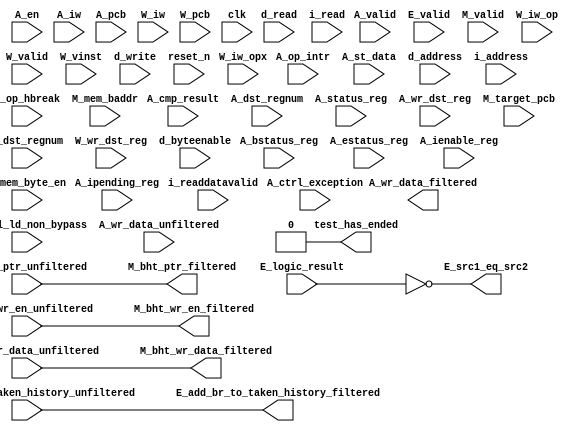
//Legal Notice: (C)2012 Altera Corporation. All rights reserved.  Your
//use of Altera Corporation's design tools, logic functions and other
//software and tools, and its AMPP partner logic functions, and any
//output files any of the foregoing (including device programming or
//simulation files), and any associated documentation or information are
//expressly subject to the terms and conditions of the Altera Program
//License Subscription Agreement or other applicable license agreement,
//including, without limitation, that your use is for the sole purpose
//of programming logic devices manufactured by Altera and sold by Altera
//or its authorized distributors.  Please refer to the applicable
//agreement for further details.

// synthesis translate_off
`timescale 1ns / 1ps
// synthesis translate_on

// turn off superfluous verilog processor warnings 
// altera message_level Level1 
// altera message_off 10034 10035 10036 10037 10230 10240 10030 

module system_0_cpu_0_test_bench (
                                   // inputs:
                                    A_bstatus_reg,
                                    A_cmp_result,
                                    A_ctrl_exception,
                                    A_ctrl_ld_non_bypass,
                                    A_dst_regnum,
                                    A_en,
                                    A_estatus_reg,
                                    A_ienable_reg,
                                    A_ipending_reg,
                                    A_iw,
                                    A_mem_byte_en,
                                    A_op_hbreak,
                                    A_op_intr,
                                    A_pcb,
                                    A_st_data,
                                    A_status_reg,
                                    A_valid,
                                    A_wr_data_unfiltered,
                                    A_wr_dst_reg,
                                    E_add_br_to_taken_history_unfiltered,
                                    E_logic_result,
                                    E_valid,
                                    M_bht_ptr_unfiltered,
                                    M_bht_wr_data_unfiltered,
                                    M_bht_wr_en_unfiltered,
                                    M_mem_baddr,
                                    M_target_pcb,
                                    M_valid,
                                    W_dst_regnum,
                                    W_iw,
                                    W_iw_op,
                                    W_iw_opx,
                                    W_pcb,
                                    W_valid,
                                    W_vinst,
                                    W_wr_dst_reg,
                                    clk,
                                    d_address,
                                    d_byteenable,
                                    d_read,
                                    d_write,
                                    i_address,
                                    i_read,
                                    i_readdatavalid,
                                    reset_n,

                                   // outputs:
                                    A_wr_data_filtered,
                                    E_add_br_to_taken_history_filtered,
                                    E_src1_eq_src2,
                                    M_bht_ptr_filtered,
                                    M_bht_wr_data_filtered,
                                    M_bht_wr_en_filtered,
                                    test_has_ended
                                 )
;

  output  [ 31: 0] A_wr_data_filtered;
  output           E_add_br_to_taken_history_filtered;
  output           E_src1_eq_src2;
  output  [  7: 0] M_bht_ptr_filtered;
  output  [  1: 0] M_bht_wr_data_filtered;
  output           M_bht_wr_en_filtered;
  output           test_has_ended;
  input   [ 31: 0] A_bstatus_reg;
  input            A_cmp_result;
  input            A_ctrl_exception;
  input            A_ctrl_ld_non_bypass;
  input   [  4: 0] A_dst_regnum;
  input            A_en;
  input   [ 31: 0] A_estatus_reg;
  input   [ 31: 0] A_ienable_reg;
  input   [ 31: 0] A_ipending_reg;
  input   [ 31: 0] A_iw;
  input   [  3: 0] A_mem_byte_en;
  input            A_op_hbreak;
  input            A_op_intr;
  input   [ 24: 0] A_pcb;
  input   [ 31: 0] A_st_data;
  input   [ 31: 0] A_status_reg;
  input            A_valid;
  input   [ 31: 0] A_wr_data_unfiltered;
  input            A_wr_dst_reg;
  input            E_add_br_to_taken_history_unfiltered;
  input   [ 31: 0] E_logic_result;
  input            E_valid;
  input   [  7: 0] M_bht_ptr_unfiltered;
  input   [  1: 0] M_bht_wr_data_unfiltered;
  input            M_bht_wr_en_unfiltered;
  input   [ 24: 0] M_mem_baddr;
  input   [ 24: 0] M_target_pcb;
  input            M_valid;
  input   [  4: 0] W_dst_regnum;
  input   [ 31: 0] W_iw;
  input   [  5: 0] W_iw_op;
  input   [  5: 0] W_iw_opx;
  input   [ 24: 0] W_pcb;
  input            W_valid;
  input   [ 55: 0] W_vinst;
  input            W_wr_dst_reg;
  input            clk;
  input   [ 24: 0] d_address;
  input   [  3: 0] d_byteenable;
  input            d_read;
  input            d_write;
  input   [ 24: 0] i_address;
  input            i_read;
  input            i_readdatavalid;
  input            reset_n;

  reg     [ 24: 0] A_mem_baddr;
  reg     [ 24: 0] A_target_pcb;
  wire    [ 31: 0] A_wr_data_filtered;
  wire             A_wr_data_unfiltered_0_is_x;
  wire             A_wr_data_unfiltered_10_is_x;
  wire             A_wr_data_unfiltered_11_is_x;
  wire             A_wr_data_unfiltered_12_is_x;
  wire             A_wr_data_unfiltered_13_is_x;
  wire             A_wr_data_unfiltered_14_is_x;
  wire             A_wr_data_unfiltered_15_is_x;
  wire             A_wr_data_unfiltered_16_is_x;
  wire             A_wr_data_unfiltered_17_is_x;
  wire             A_wr_data_unfiltered_18_is_x;
  wire             A_wr_data_unfiltered_19_is_x;
  wire             A_wr_data_unfiltered_1_is_x;
  wire             A_wr_data_unfiltered_20_is_x;
  wire             A_wr_data_unfiltered_21_is_x;
  wire             A_wr_data_unfiltered_22_is_x;
  wire             A_wr_data_unfiltered_23_is_x;
  wire             A_wr_data_unfiltered_24_is_x;
  wire             A_wr_data_unfiltered_25_is_x;
  wire             A_wr_data_unfiltered_26_is_x;
  wire             A_wr_data_unfiltered_27_is_x;
  wire             A_wr_data_unfiltered_28_is_x;
  wire             A_wr_data_unfiltered_29_is_x;
  wire             A_wr_data_unfiltered_2_is_x;
  wire             A_wr_data_unfiltered_30_is_x;
  wire             A_wr_data_unfiltered_31_is_x;
  wire             A_wr_data_unfiltered_3_is_x;
  wire             A_wr_data_unfiltered_4_is_x;
  wire             A_wr_data_unfiltered_5_is_x;
  wire             A_wr_data_unfiltered_6_is_x;
  wire             A_wr_data_unfiltered_7_is_x;
  wire             A_wr_data_unfiltered_8_is_x;
  wire             A_wr_data_unfiltered_9_is_x;
  wire             E_add_br_to_taken_history_filtered;
  wire             E_src1_eq_src2;
  wire    [  7: 0] M_bht_ptr_filtered;
  wire    [  1: 0] M_bht_wr_data_filtered;
  wire             M_bht_wr_en_filtered;
  wire             W_op_add;
  wire             W_op_addi;
  wire             W_op_and;
  wire             W_op_andhi;
  wire             W_op_andi;
  wire             W_op_beq;
  wire             W_op_bge;
  wire             W_op_bgeu;
  wire             W_op_blt;
  wire             W_op_bltu;
  wire             W_op_bne;
  wire             W_op_br;
  wire             W_op_break;
  wire             W_op_bret;
  wire             W_op_call;
  wire             W_op_callr;
  wire             W_op_cmpeq;
  wire             W_op_cmpeqi;
  wire             W_op_cmpge;
  wire             W_op_cmpgei;
  wire             W_op_cmpgeu;
  wire             W_op_cmpgeui;
  wire             W_op_cmplt;
  wire             W_op_cmplti;
  wire             W_op_cmpltu;
  wire             W_op_cmpltui;
  wire             W_op_cmpne;
  wire             W_op_cmpnei;
  wire             W_op_crst;
  wire             W_op_custom;
  wire             W_op_div;
  wire             W_op_divu;
  wire             W_op_eret;
  wire             W_op_flushd;
  wire             W_op_flushda;
  wire             W_op_flushi;
  wire             W_op_flushp;
  wire             W_op_hbreak;
  wire             W_op_initd;
  wire             W_op_initda;
  wire             W_op_initi;
  wire             W_op_intr;
  wire             W_op_jmp;
  wire             W_op_jmpi;
  wire             W_op_ldb;
  wire             W_op_ldbio;
  wire             W_op_ldbu;
  wire             W_op_ldbuio;
  wire             W_op_ldh;
  wire             W_op_ldhio;
  wire             W_op_ldhu;
  wire             W_op_ldhuio;
  wire             W_op_ldl;
  wire             W_op_ldw;
  wire             W_op_ldwio;
  wire             W_op_mul;
  wire             W_op_muli;
  wire             W_op_mulxss;
  wire             W_op_mulxsu;
  wire             W_op_mulxuu;
  wire             W_op_nextpc;
  wire             W_op_nor;
  wire             W_op_opx;
  wire             W_op_or;
  wire             W_op_orhi;
  wire             W_op_ori;
  wire             W_op_rdctl;
  wire             W_op_rdprs;
  wire             W_op_ret;
  wire             W_op_rol;
  wire             W_op_roli;
  wire             W_op_ror;
  wire             W_op_rsv02;
  wire             W_op_rsv09;
  wire             W_op_rsv10;
  wire             W_op_rsv17;
  wire             W_op_rsv18;
  wire             W_op_rsv25;
  wire             W_op_rsv26;
  wire             W_op_rsv33;
  wire             W_op_rsv34;
  wire             W_op_rsv41;
  wire             W_op_rsv42;
  wire             W_op_rsv49;
  wire             W_op_rsv57;
  wire             W_op_rsv61;
  wire             W_op_rsv62;
  wire             W_op_rsv63;
  wire             W_op_rsvx00;
  wire             W_op_rsvx10;
  wire             W_op_rsvx15;
  wire             W_op_rsvx17;
  wire             W_op_rsvx21;
  wire             W_op_rsvx25;
  wire             W_op_rsvx33;
  wire             W_op_rsvx34;
  wire             W_op_rsvx35;
  wire             W_op_rsvx42;
  wire             W_op_rsvx43;
  wire             W_op_rsvx44;
  wire             W_op_rsvx47;
  wire             W_op_rsvx50;
  wire             W_op_rsvx51;
  wire             W_op_rsvx55;
  wire             W_op_rsvx56;
  wire             W_op_rsvx60;
  wire             W_op_rsvx63;
  wire             W_op_sll;
  wire             W_op_slli;
  wire             W_op_sra;
  wire             W_op_srai;
  wire             W_op_srl;
  wire             W_op_srli;
  wire             W_op_stb;
  wire             W_op_stbio;
  wire             W_op_stc;
  wire             W_op_sth;
  wire             W_op_sthio;
  wire             W_op_stw;
  wire             W_op_stwio;
  wire             W_op_sub;
  wire             W_op_sync;
  wire             W_op_trap;
  wire             W_op_wrctl;
  wire             W_op_wrprs;
  wire             W_op_xor;
  wire             W_op_xorhi;
  wire             W_op_xori;
  wire             test_has_ended;
  assign W_op_call = W_iw_op == 0;
  assign W_op_jmpi = W_iw_op == 1;
  assign W_op_ldbu = W_iw_op == 3;
  assign W_op_addi = W_iw_op == 4;
  assign W_op_stb = W_iw_op == 5;
  assign W_op_br = W_iw_op == 6;
  assign W_op_ldb = W_iw_op == 7;
  assign W_op_cmpgei = W_iw_op == 8;
  assign W_op_ldhu = W_iw_op == 11;
  assign W_op_andi = W_iw_op == 12;
  assign W_op_sth = W_iw_op == 13;
  assign W_op_bge = W_iw_op == 14;
  assign W_op_ldh = W_iw_op == 15;
  assign W_op_cmplti = W_iw_op == 16;
  assign W_op_initda = W_iw_op == 19;
  assign W_op_ori = W_iw_op == 20;
  assign W_op_stw = W_iw_op == 21;
  assign W_op_blt = W_iw_op == 22;
  assign W_op_ldw = W_iw_op == 23;
  assign W_op_cmpnei = W_iw_op == 24;
  assign W_op_flushda = W_iw_op == 27;
  assign W_op_xori = W_iw_op == 28;
  assign W_op_stc = W_iw_op == 29;
  assign W_op_bne = W_iw_op == 30;
  assign W_op_ldl = W_iw_op == 31;
  assign W_op_cmpeqi = W_iw_op == 32;
  assign W_op_ldbuio = W_iw_op == 35;
  assign W_op_muli = W_iw_op == 36;
  assign W_op_stbio = W_iw_op == 37;
  assign W_op_beq = W_iw_op == 38;
  assign W_op_ldbio = W_iw_op == 39;
  assign W_op_cmpgeui = W_iw_op == 40;
  assign W_op_ldhuio = W_iw_op == 43;
  assign W_op_andhi = W_iw_op == 44;
  assign W_op_sthio = W_iw_op == 45;
  assign W_op_bgeu = W_iw_op == 46;
  assign W_op_ldhio = W_iw_op == 47;
  assign W_op_cmpltui = W_iw_op == 48;
  assign W_op_initd = W_iw_op == 51;
  assign W_op_orhi = W_iw_op == 52;
  assign W_op_stwio = W_iw_op == 53;
  assign W_op_bltu = W_iw_op == 54;
  assign W_op_ldwio = W_iw_op == 55;
  assign W_op_rdprs = W_iw_op == 56;
  assign W_op_flushd = W_iw_op == 59;
  assign W_op_xorhi = W_iw_op == 60;
  assign W_op_rsv02 = W_iw_op == 2;
  assign W_op_rsv09 = W_iw_op == 9;
  assign W_op_rsv10 = W_iw_op == 10;
  assign W_op_rsv17 = W_iw_op == 17;
  assign W_op_rsv18 = W_iw_op == 18;
  assign W_op_rsv25 = W_iw_op == 25;
  assign W_op_rsv26 = W_iw_op == 26;
  assign W_op_rsv33 = W_iw_op == 33;
  assign W_op_rsv34 = W_iw_op == 34;
  assign W_op_rsv41 = W_iw_op == 41;
  assign W_op_rsv42 = W_iw_op == 42;
  assign W_op_rsv49 = W_iw_op == 49;
  assign W_op_rsv57 = W_iw_op == 57;
  assign W_op_rsv61 = W_iw_op == 61;
  assign W_op_rsv62 = W_iw_op == 62;
  assign W_op_rsv63 = W_iw_op == 63;
  assign W_op_eret = W_op_opx & (W_iw_opx == 1);
  assign W_op_roli = W_op_opx & (W_iw_opx == 2);
  assign W_op_rol = W_op_opx & (W_iw_opx == 3);
  assign W_op_flushp = W_op_opx & (W_iw_opx == 4);
  assign W_op_ret = W_op_opx & (W_iw_opx == 5);
  assign W_op_nor = W_op_opx & (W_iw_opx == 6);
  assign W_op_mulxuu = W_op_opx & (W_iw_opx == 7);
  assign W_op_cmpge = W_op_opx & (W_iw_opx == 8);
  assign W_op_bret = W_op_opx & (W_iw_opx == 9);
  assign W_op_ror = W_op_opx & (W_iw_opx == 11);
  assign W_op_flushi = W_op_opx & (W_iw_opx == 12);
  assign W_op_jmp = W_op_opx & (W_iw_opx == 13);
  assign W_op_and = W_op_opx & (W_iw_opx == 14);
  assign W_op_cmplt = W_op_opx & (W_iw_opx == 16);
  assign W_op_slli = W_op_opx & (W_iw_opx == 18);
  assign W_op_sll = W_op_opx & (W_iw_opx == 19);
  assign W_op_wrprs = W_op_opx & (W_iw_opx == 20);
  assign W_op_or = W_op_opx & (W_iw_opx == 22);
  assign W_op_mulxsu = W_op_opx & (W_iw_opx == 23);
  assign W_op_cmpne = W_op_opx & (W_iw_opx == 24);
  assign W_op_srli = W_op_opx & (W_iw_opx == 26);
  assign W_op_srl = W_op_opx & (W_iw_opx == 27);
  assign W_op_nextpc = W_op_opx & (W_iw_opx == 28);
  assign W_op_callr = W_op_opx & (W_iw_opx == 29);
  assign W_op_xor = W_op_opx & (W_iw_opx == 30);
  assign W_op_mulxss = W_op_opx & (W_iw_opx == 31);
  assign W_op_cmpeq = W_op_opx & (W_iw_opx == 32);
  assign W_op_divu = W_op_opx & (W_iw_opx == 36);
  assign W_op_div = W_op_opx & (W_iw_opx == 37);
  assign W_op_rdctl = W_op_opx & (W_iw_opx == 38);
  assign W_op_mul = W_op_opx & (W_iw_opx == 39);
  assign W_op_cmpgeu = W_op_opx & (W_iw_opx == 40);
  assign W_op_initi = W_op_opx & (W_iw_opx == 41);
  assign W_op_trap = W_op_opx & (W_iw_opx == 45);
  assign W_op_wrctl = W_op_opx & (W_iw_opx == 46);
  assign W_op_cmpltu = W_op_opx & (W_iw_opx == 48);
  assign W_op_add = W_op_opx & (W_iw_opx == 49);
  assign W_op_break = W_op_opx & (W_iw_opx == 52);
  assign W_op_hbreak = W_op_opx & (W_iw_opx == 53);
  assign W_op_sync = W_op_opx & (W_iw_opx == 54);
  assign W_op_sub = W_op_opx & (W_iw_opx == 57);
  assign W_op_srai = W_op_opx & (W_iw_opx == 58);
  assign W_op_sra = W_op_opx & (W_iw_opx == 59);
  assign W_op_intr = W_op_opx & (W_iw_opx == 61);
  assign W_op_crst = W_op_opx & (W_iw_opx == 62);
  assign W_op_rsvx00 = W_op_opx & (W_iw_opx == 0);
  assign W_op_rsvx10 = W_op_opx & (W_iw_opx == 10);
  assign W_op_rsvx15 = W_op_opx & (W_iw_opx == 15);
  assign W_op_rsvx17 = W_op_opx & (W_iw_opx == 17);
  assign W_op_rsvx21 = W_op_opx & (W_iw_opx == 21);
  assign W_op_rsvx25 = W_op_opx & (W_iw_opx == 25);
  assign W_op_rsvx33 = W_op_opx & (W_iw_opx == 33);
  assign W_op_rsvx34 = W_op_opx & (W_iw_opx == 34);
  assign W_op_rsvx35 = W_op_opx & (W_iw_opx == 35);
  assign W_op_rsvx42 = W_op_opx & (W_iw_opx == 42);
  assign W_op_rsvx43 = W_op_opx & (W_iw_opx == 43);
  assign W_op_rsvx44 = W_op_opx & (W_iw_opx == 44);
  assign W_op_rsvx47 = W_op_opx & (W_iw_opx == 47);
  assign W_op_rsvx50 = W_op_opx & (W_iw_opx == 50);
  assign W_op_rsvx51 = W_op_opx & (W_iw_opx == 51);
  assign W_op_rsvx55 = W_op_opx & (W_iw_opx == 55);
  assign W_op_rsvx56 = W_op_opx & (W_iw_opx == 56);
  assign W_op_rsvx60 = W_op_opx & (W_iw_opx == 60);
  assign W_op_rsvx63 = W_op_opx & (W_iw_opx == 63);
  assign W_op_opx = W_iw_op == 58;
  assign W_op_custom = W_iw_op == 50;
  always @(posedge clk or negedge reset_n)
    begin
      if (reset_n == 0)
          A_target_pcb <= 0;
      else if (A_en)
          A_target_pcb <= M_target_pcb;
    end


  always @(posedge clk or negedge reset_n)
    begin
      if (reset_n == 0)
          A_mem_baddr <= 0;
      else if (A_en)
          A_mem_baddr <= M_mem_baddr;
    end


  assign E_src1_eq_src2 = E_logic_result == 0;
  //Propagating 'X' data bits
  assign E_add_br_to_taken_history_filtered = E_add_br_to_taken_history_unfiltered;

  //Propagating 'X' data bits
  assign M_bht_wr_en_filtered = M_bht_wr_en_unfiltered;

  //Propagating 'X' data bits
  assign M_bht_wr_data_filtered = M_bht_wr_data_unfiltered;

  //Propagating 'X' data bits
  assign M_bht_ptr_filtered = M_bht_ptr_unfiltered;

  assign test_has_ended = 1'b0;

//synthesis translate_off
//////////////// SIMULATION-ONLY CONTENTS
  //Clearing 'X' data bits
  assign A_wr_data_unfiltered_0_is_x = ^(A_wr_data_unfiltered[0]) === 1'bx;

  assign A_wr_data_filtered[0] = (A_wr_data_unfiltered_0_is_x & (A_ctrl_ld_non_bypass)) ? 1'b0 : A_wr_data_unfiltered[0];
  assign A_wr_data_unfiltered_1_is_x = ^(A_wr_data_unfiltered[1]) === 1'bx;
  assign A_wr_data_filtered[1] = (A_wr_data_unfiltered_1_is_x & (A_ctrl_ld_non_bypass)) ? 1'b0 : A_wr_data_unfiltered[1];
  assign A_wr_data_unfiltered_2_is_x = ^(A_wr_data_unfiltered[2]) === 1'bx;
  assign A_wr_data_filtered[2] = (A_wr_data_unfiltered_2_is_x & (A_ctrl_ld_non_bypass)) ? 1'b0 : A_wr_data_unfiltered[2];
  assign A_wr_data_unfiltered_3_is_x = ^(A_wr_data_unfiltered[3]) === 1'bx;
  assign A_wr_data_filtered[3] = (A_wr_data_unfiltered_3_is_x & (A_ctrl_ld_non_bypass)) ? 1'b0 : A_wr_data_unfiltered[3];
  assign A_wr_data_unfiltered_4_is_x = ^(A_wr_data_unfiltered[4]) === 1'bx;
  assign A_wr_data_filtered[4] = (A_wr_data_unfiltered_4_is_x & (A_ctrl_ld_non_bypass)) ? 1'b0 : A_wr_data_unfiltered[4];
  assign A_wr_data_unfiltered_5_is_x = ^(A_wr_data_unfiltered[5]) === 1'bx;
  assign A_wr_data_filtered[5] = (A_wr_data_unfiltered_5_is_x & (A_ctrl_ld_non_bypass)) ? 1'b0 : A_wr_data_unfiltered[5];
  assign A_wr_data_unfiltered_6_is_x = ^(A_wr_data_unfiltered[6]) === 1'bx;
  assign A_wr_data_filtered[6] = (A_wr_data_unfiltered_6_is_x & (A_ctrl_ld_non_bypass)) ? 1'b0 : A_wr_data_unfiltered[6];
  assign A_wr_data_unfiltered_7_is_x = ^(A_wr_data_unfiltered[7]) === 1'bx;
  assign A_wr_data_filtered[7] = (A_wr_data_unfiltered_7_is_x & (A_ctrl_ld_non_bypass)) ? 1'b0 : A_wr_data_unfiltered[7];
  assign A_wr_data_unfiltered_8_is_x = ^(A_wr_data_unfiltered[8]) === 1'bx;
  assign A_wr_data_filtered[8] = (A_wr_data_unfiltered_8_is_x & (A_ctrl_ld_non_bypass)) ? 1'b0 : A_wr_data_unfiltered[8];
  assign A_wr_data_unfiltered_9_is_x = ^(A_wr_data_unfiltered[9]) === 1'bx;
  assign A_wr_data_filtered[9] = (A_wr_data_unfiltered_9_is_x & (A_ctrl_ld_non_bypass)) ? 1'b0 : A_wr_data_unfiltered[9];
  assign A_wr_data_unfiltered_10_is_x = ^(A_wr_data_unfiltered[10]) === 1'bx;
  assign A_wr_data_filtered[10] = (A_wr_data_unfiltered_10_is_x & (A_ctrl_ld_non_bypass)) ? 1'b0 : A_wr_data_unfiltered[10];
  assign A_wr_data_unfiltered_11_is_x = ^(A_wr_data_unfiltered[11]) === 1'bx;
  assign A_wr_data_filtered[11] = (A_wr_data_unfiltered_11_is_x & (A_ctrl_ld_non_bypass)) ? 1'b0 : A_wr_data_unfiltered[11];
  assign A_wr_data_unfiltered_12_is_x = ^(A_wr_data_unfiltered[12]) === 1'bx;
  assign A_wr_data_filtered[12] = (A_wr_data_unfiltered_12_is_x & (A_ctrl_ld_non_bypass)) ? 1'b0 : A_wr_data_unfiltered[12];
  assign A_wr_data_unfiltered_13_is_x = ^(A_wr_data_unfiltered[13]) === 1'bx;
  assign A_wr_data_filtered[13] = (A_wr_data_unfiltered_13_is_x & (A_ctrl_ld_non_bypass)) ? 1'b0 : A_wr_data_unfiltered[13];
  assign A_wr_data_unfiltered_14_is_x = ^(A_wr_data_unfiltered[14]) === 1'bx;
  assign A_wr_data_filtered[14] = (A_wr_data_unfiltered_14_is_x & (A_ctrl_ld_non_bypass)) ? 1'b0 : A_wr_data_unfiltered[14];
  assign A_wr_data_unfiltered_15_is_x = ^(A_wr_data_unfiltered[15]) === 1'bx;
  assign A_wr_data_filtered[15] = (A_wr_data_unfiltered_15_is_x & (A_ctrl_ld_non_bypass)) ? 1'b0 : A_wr_data_unfiltered[15];
  assign A_wr_data_unfiltered_16_is_x = ^(A_wr_data_unfiltered[16]) === 1'bx;
  assign A_wr_data_filtered[16] = (A_wr_data_unfiltered_16_is_x & (A_ctrl_ld_non_bypass)) ? 1'b0 : A_wr_data_unfiltered[16];
  assign A_wr_data_unfiltered_17_is_x = ^(A_wr_data_unfiltered[17]) === 1'bx;
  assign A_wr_data_filtered[17] = (A_wr_data_unfiltered_17_is_x & (A_ctrl_ld_non_bypass)) ? 1'b0 : A_wr_data_unfiltered[17];
  assign A_wr_data_unfiltered_18_is_x = ^(A_wr_data_unfiltered[18]) === 1'bx;
  assign A_wr_data_filtered[18] = (A_wr_data_unfiltered_18_is_x & (A_ctrl_ld_non_bypass)) ? 1'b0 : A_wr_data_unfiltered[18];
  assign A_wr_data_unfiltered_19_is_x = ^(A_wr_data_unfiltered[19]) === 1'bx;
  assign A_wr_data_filtered[19] = (A_wr_data_unfiltered_19_is_x & (A_ctrl_ld_non_bypass)) ? 1'b0 : A_wr_data_unfiltered[19];
  assign A_wr_data_unfiltered_20_is_x = ^(A_wr_data_unfiltered[20]) === 1'bx;
  assign A_wr_data_filtered[20] = (A_wr_data_unfiltered_20_is_x & (A_ctrl_ld_non_bypass)) ? 1'b0 : A_wr_data_unfiltered[20];
  assign A_wr_data_unfiltered_21_is_x = ^(A_wr_data_unfiltered[21]) === 1'bx;
  assign A_wr_data_filtered[21] = (A_wr_data_unfiltered_21_is_x & (A_ctrl_ld_non_bypass)) ? 1'b0 : A_wr_data_unfiltered[21];
  assign A_wr_data_unfiltered_22_is_x = ^(A_wr_data_unfiltered[22]) === 1'bx;
  assign A_wr_data_filtered[22] = (A_wr_data_unfiltered_22_is_x & (A_ctrl_ld_non_bypass)) ? 1'b0 : A_wr_data_unfiltered[22];
  assign A_wr_data_unfiltered_23_is_x = ^(A_wr_data_unfiltered[23]) === 1'bx;
  assign A_wr_data_filtered[23] = (A_wr_data_unfiltered_23_is_x & (A_ctrl_ld_non_bypass)) ? 1'b0 : A_wr_data_unfiltered[23];
  assign A_wr_data_unfiltered_24_is_x = ^(A_wr_data_unfiltered[24]) === 1'bx;
  assign A_wr_data_filtered[24] = (A_wr_data_unfiltered_24_is_x & (A_ctrl_ld_non_bypass)) ? 1'b0 : A_wr_data_unfiltered[24];
  assign A_wr_data_unfiltered_25_is_x = ^(A_wr_data_unfiltered[25]) === 1'bx;
  assign A_wr_data_filtered[25] = (A_wr_data_unfiltered_25_is_x & (A_ctrl_ld_non_bypass)) ? 1'b0 : A_wr_data_unfiltered[25];
  assign A_wr_data_unfiltered_26_is_x = ^(A_wr_data_unfiltered[26]) === 1'bx;
  assign A_wr_data_filtered[26] = (A_wr_data_unfiltered_26_is_x & (A_ctrl_ld_non_bypass)) ? 1'b0 : A_wr_data_unfiltered[26];
  assign A_wr_data_unfiltered_27_is_x = ^(A_wr_data_unfiltered[27]) === 1'bx;
  assign A_wr_data_filtered[27] = (A_wr_data_unfiltered_27_is_x & (A_ctrl_ld_non_bypass)) ? 1'b0 : A_wr_data_unfiltered[27];
  assign A_wr_data_unfiltered_28_is_x = ^(A_wr_data_unfiltered[28]) === 1'bx;
  assign A_wr_data_filtered[28] = (A_wr_data_unfiltered_28_is_x & (A_ctrl_ld_non_bypass)) ? 1'b0 : A_wr_data_unfiltered[28];
  assign A_wr_data_unfiltered_29_is_x = ^(A_wr_data_unfiltered[29]) === 1'bx;
  assign A_wr_data_filtered[29] = (A_wr_data_unfiltered_29_is_x & (A_ctrl_ld_non_bypass)) ? 1'b0 : A_wr_data_unfiltered[29];
  assign A_wr_data_unfiltered_30_is_x = ^(A_wr_data_unfiltered[30]) === 1'bx;
  assign A_wr_data_filtered[30] = (A_wr_data_unfiltered_30_is_x & (A_ctrl_ld_non_bypass)) ? 1'b0 : A_wr_data_unfiltered[30];
  assign A_wr_data_unfiltered_31_is_x = ^(A_wr_data_unfiltered[31]) === 1'bx;
  assign A_wr_data_filtered[31] = (A_wr_data_unfiltered_31_is_x & (A_ctrl_ld_non_bypass)) ? 1'b0 : A_wr_data_unfiltered[31];
  always @(posedge clk)
    begin
      if (reset_n)
          if (^(W_wr_dst_reg) === 1'bx)
            begin
              $write("%0d ns: ERROR: system_0_cpu_0_test_bench/W_wr_dst_reg is 'x'\n", $time);
              $stop;
            end
    end


  always @(posedge clk or negedge reset_n)
    begin
      if (reset_n == 0)
        begin
        end
      else if (W_wr_dst_reg)
          if (^(W_dst_regnum) === 1'bx)
            begin
              $write("%0d ns: ERROR: system_0_cpu_0_test_bench/W_dst_regnum is 'x'\n", $time);
              $stop;
            end
    end


  always @(posedge clk)
    begin
      if (reset_n)
          if (^(W_valid) === 1'bx)
            begin
              $write("%0d ns: ERROR: system_0_cpu_0_test_bench/W_valid is 'x'\n", $time);
              $stop;
            end
    end


  always @(posedge clk or negedge reset_n)
    begin
      if (reset_n == 0)
        begin
        end
      else if (W_valid)
          if (^(W_pcb) === 1'bx)
            begin
              $write("%0d ns: ERROR: system_0_cpu_0_test_bench/W_pcb is 'x'\n", $time);
              $stop;
            end
    end


  always @(posedge clk or negedge reset_n)
    begin
      if (reset_n == 0)
        begin
        end
      else if (W_valid)
          if (^(W_iw) === 1'bx)
            begin
              $write("%0d ns: ERROR: system_0_cpu_0_test_bench/W_iw is 'x'\n", $time);
              $stop;
            end
    end


  always @(posedge clk)
    begin
      if (reset_n)
          if (^(A_en) === 1'bx)
            begin
              $write("%0d ns: ERROR: system_0_cpu_0_test_bench/A_en is 'x'\n", $time);
              $stop;
            end
    end


  always @(posedge clk)
    begin
      if (reset_n)
          if (^(E_valid) === 1'bx)
            begin
              $write("%0d ns: ERROR: system_0_cpu_0_test_bench/E_valid is 'x'\n", $time);
              $stop;
            end
    end


  always @(posedge clk)
    begin
      if (reset_n)
          if (^(M_valid) === 1'bx)
            begin
              $write("%0d ns: ERROR: system_0_cpu_0_test_bench/M_valid is 'x'\n", $time);
              $stop;
            end
    end


  always @(posedge clk)
    begin
      if (reset_n)
          if (^(A_valid) === 1'bx)
            begin
              $write("%0d ns: ERROR: system_0_cpu_0_test_bench/A_valid is 'x'\n", $time);
              $stop;
            end
    end


  always @(posedge clk or negedge reset_n)
    begin
      if (reset_n == 0)
        begin
        end
      else if (A_valid & A_en & A_wr_dst_reg)
          if (^(A_wr_data_unfiltered) === 1'bx)
            begin
              $write("%0d ns: WARNING: system_0_cpu_0_test_bench/A_wr_data_unfiltered is 'x'\n", $time);
            end
    end


  always @(posedge clk)
    begin
      if (reset_n)
          if (^(A_status_reg) === 1'bx)
            begin
              $write("%0d ns: ERROR: system_0_cpu_0_test_bench/A_status_reg is 'x'\n", $time);
              $stop;
            end
    end


  always @(posedge clk)
    begin
      if (reset_n)
          if (^(A_estatus_reg) === 1'bx)
            begin
              $write("%0d ns: ERROR: system_0_cpu_0_test_bench/A_estatus_reg is 'x'\n", $time);
              $stop;
            end
    end


  always @(posedge clk)
    begin
      if (reset_n)
          if (^(A_bstatus_reg) === 1'bx)
            begin
              $write("%0d ns: ERROR: system_0_cpu_0_test_bench/A_bstatus_reg is 'x'\n", $time);
              $stop;
            end
    end


  always @(posedge clk)
    begin
      if (reset_n)
          if (^(i_read) === 1'bx)
            begin
              $write("%0d ns: ERROR: system_0_cpu_0_test_bench/i_read is 'x'\n", $time);
              $stop;
            end
    end


  always @(posedge clk or negedge reset_n)
    begin
      if (reset_n == 0)
        begin
        end
      else if (i_read)
          if (^(i_address) === 1'bx)
            begin
              $write("%0d ns: ERROR: system_0_cpu_0_test_bench/i_address is 'x'\n", $time);
              $stop;
            end
    end


  always @(posedge clk)
    begin
      if (reset_n)
          if (^(i_readdatavalid) === 1'bx)
            begin
              $write("%0d ns: ERROR: system_0_cpu_0_test_bench/i_readdatavalid is 'x'\n", $time);
              $stop;
            end
    end


  always @(posedge clk)
    begin
      if (reset_n)
          if (^(d_write) === 1'bx)
            begin
              $write("%0d ns: ERROR: system_0_cpu_0_test_bench/d_write is 'x'\n", $time);
              $stop;
            end
    end


  always @(posedge clk or negedge reset_n)
    begin
      if (reset_n == 0)
        begin
        end
      else if (d_write)
          if (^(d_byteenable) === 1'bx)
            begin
              $write("%0d ns: ERROR: system_0_cpu_0_test_bench/d_byteenable is 'x'\n", $time);
              $stop;
            end
    end


  always @(posedge clk or negedge reset_n)
    begin
      if (reset_n == 0)
        begin
        end
      else if (d_write | d_read)
          if (^(d_address) === 1'bx)
            begin
              $write("%0d ns: ERROR: system_0_cpu_0_test_bench/d_address is 'x'\n", $time);
              $stop;
            end
    end


  always @(posedge clk)
    begin
      if (reset_n)
          if (^(d_read) === 1'bx)
            begin
              $write("%0d ns: ERROR: system_0_cpu_0_test_bench/d_read is 'x'\n", $time);
              $stop;
            end
    end


  
  reg [31:0] trace_handle; // for $fopen
  initial  
  begin
    trace_handle = $fopen("system_0_cpu_0.tr");
    $fwrite(trace_handle, "version 3\nnumThreads 1\n");
  end
  always @(posedge clk)
    begin
      if ((~reset_n || (A_valid & A_en)) && ~test_has_ended)
          $fwrite(trace_handle, "%0d ns: %0h,%0h,%0h,%0h,%0h,%0h,%0h,%0h,%0h,%0h,%0h,%0h,%0h,%0h,%0h,%0h,%0h,%0h,%0h,%0h,%0h,%0h,%0h,%0h,%0h,%0h,%0h,%0h,%0h,%0h,%0h,%0h,%0h,%0h,%0h,%0h\n", $time, ~reset_n, A_pcb, 0, A_op_intr, A_op_hbreak, A_iw, ~(A_op_intr | A_op_hbreak), A_wr_dst_reg, A_dst_regnum, 0, A_wr_data_filtered, A_mem_baddr, A_st_data, A_mem_byte_en, A_cmp_result, A_target_pcb, A_status_reg, A_estatus_reg, A_bstatus_reg, A_ienable_reg, A_ipending_reg, 0, 0, 0, 0, 0, 0, 0, 0, 0, 0, A_ctrl_exception ? 1 : 0, 0, 0, 0, 0);
    end



//////////////// END SIMULATION-ONLY CONTENTS

//synthesis translate_on
//synthesis read_comments_as_HDL on
//  
//  assign A_wr_data_filtered = A_wr_data_unfiltered;
//
//synthesis read_comments_as_HDL off

endmodule